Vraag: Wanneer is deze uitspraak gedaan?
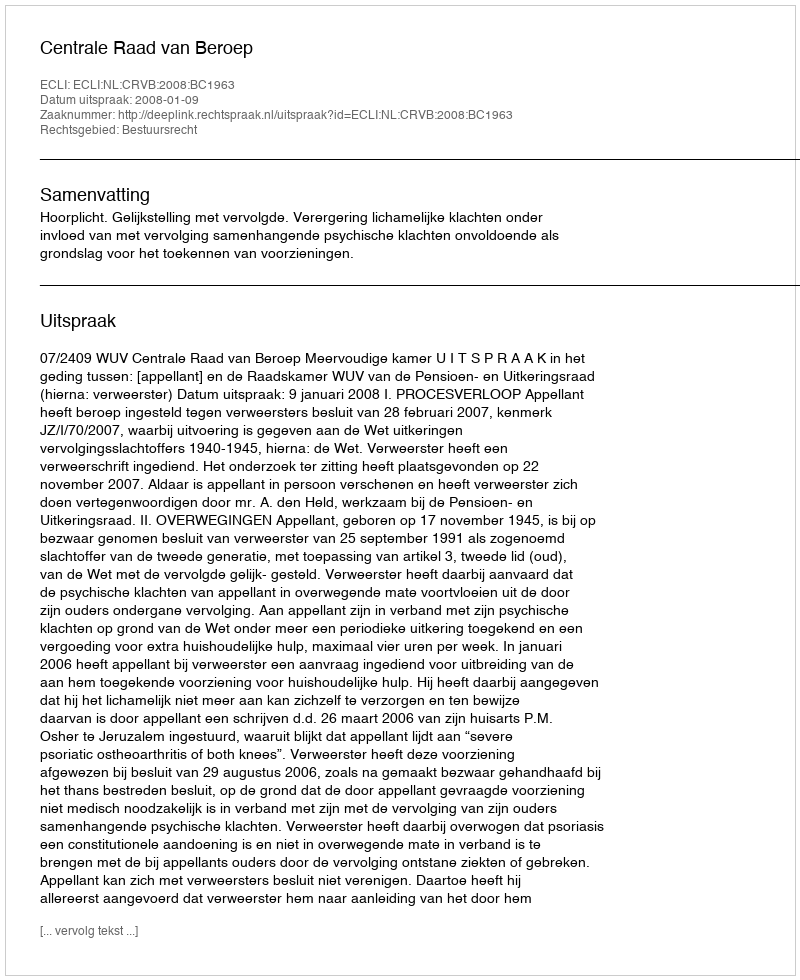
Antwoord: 2008-01-09